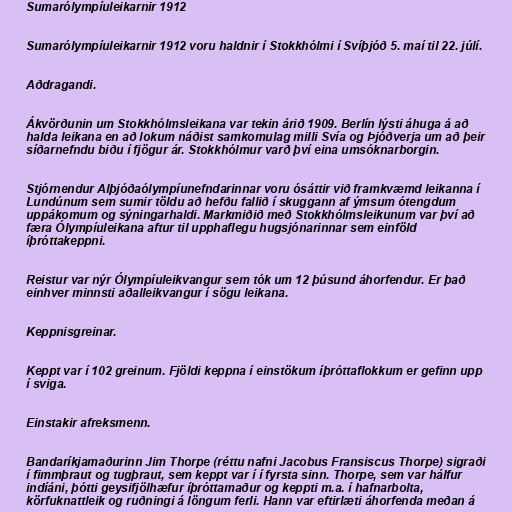
Sumarólympíuleikarnir 1912

Sumarólympíuleikarnir 1912 voru haldnir í Stokkhólmi í Svíþjóð 5. maí til 22. júlí.

Aðdragandi.

Ákvörðunin um Stokkhólmsleikana var tekin árið 1909. Berlín lýsti áhuga á að
halda leikana en að lokum náðist samkomulag milli Svía og Þjóðverja um að þeir
síðarnefndu biðu í fjögur ár. Stokkhólmur varð því eina umsóknarborgin.

Stjórnendur Alþjóðaólympíunefndarinnar voru ósáttir við framkvæmd leikanna í
Lundúnum sem sumir töldu að hefðu fallið í skuggann af ýmsum ótengdum
uppákomum og sýningarhaldi. Markmiðið með Stokkhólmsleikunum var því að
færa Ólympíuleikana aftur til upphaflegu hugsjónarinnar sem einföld
íþróttakeppni.

Reistur var nýr Ólympíuleikvangur sem tók um 12 þúsund áhorfendur. Er það
einhver minnsti aðalleikvangur í sögu leikana.

Keppnisgreinar.

Keppt var í 102 greinum. Fjöldi keppna í einstökum íþróttaflokkum er gefinn upp
í sviga.

Einstakir afreksmenn.

Bandaríkjamaðurinn Jim Thorpe (réttu nafni Jacobus Fransiscus Thorpe) sigraði
í fimmþraut og tugþraut, sem keppt var í í fyrsta sinn. Thorpe, sem var hálfur
indíáni, þótti geysifjölhæfur íþróttamaður og keppti m.a. í hafnarbolta,
körfuknattleik og ruðningi á löngum ferli. Hann var eftirlæti áhorfenda meðan á